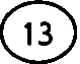
(13)